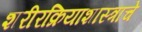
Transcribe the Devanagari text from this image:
शरीरक्रियाशास्त्राचे